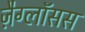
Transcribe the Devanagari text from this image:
ज़ैग्लॉसस